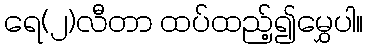
ရေ(၂)လီတာ ထပ်ထည့်၍မွှေပါ။